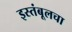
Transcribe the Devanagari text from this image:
इस्तंबूलचा